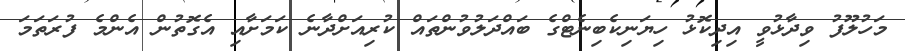
މަހުލޫފު ވިދާޅުވީ އިދިކޮޅު ހިޔަނިކެބިނެޓްގެ ބައްދަލުވުންތައް ކުރިއަށްދާނެ ކަމަށާއި އެގޮތުން އެންމެ ފުރަތަމަ